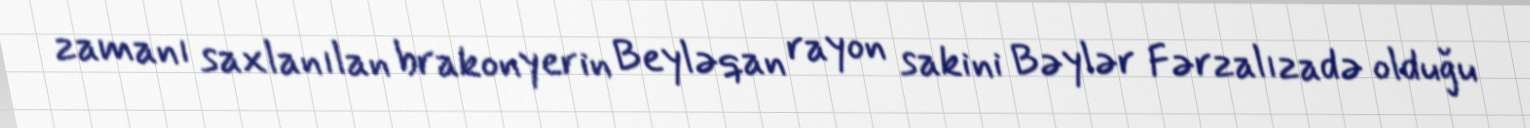
zamanı saxlanılan brakonyerin Beyləqan rayon sakini Bəylər Fərzalızadə olduğu